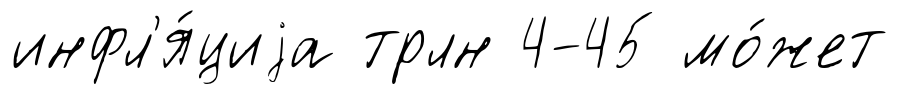
инфл'я́циjа трлн 4-45 мо́жет